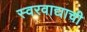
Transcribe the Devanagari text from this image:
स्वरवाद्याची